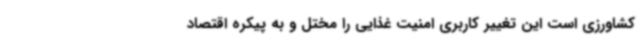
کشاورزی است این تغییر کاربری امنیت غذایی را مختل و به پیکره اقتصاد